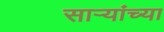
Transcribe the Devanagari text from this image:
सार्‍यांच्या